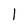
Character: 1